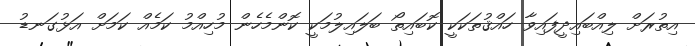
އިތުރަށް ލިއްބައިދީފައިވާ ހައްޤުތަކަކީ ކޮބައިތޯ ބަލައިލުމަކީ ކޮންމެހެން މުހިއްމު ކަމެއް ކަމަށް އަޅުގަނޑު